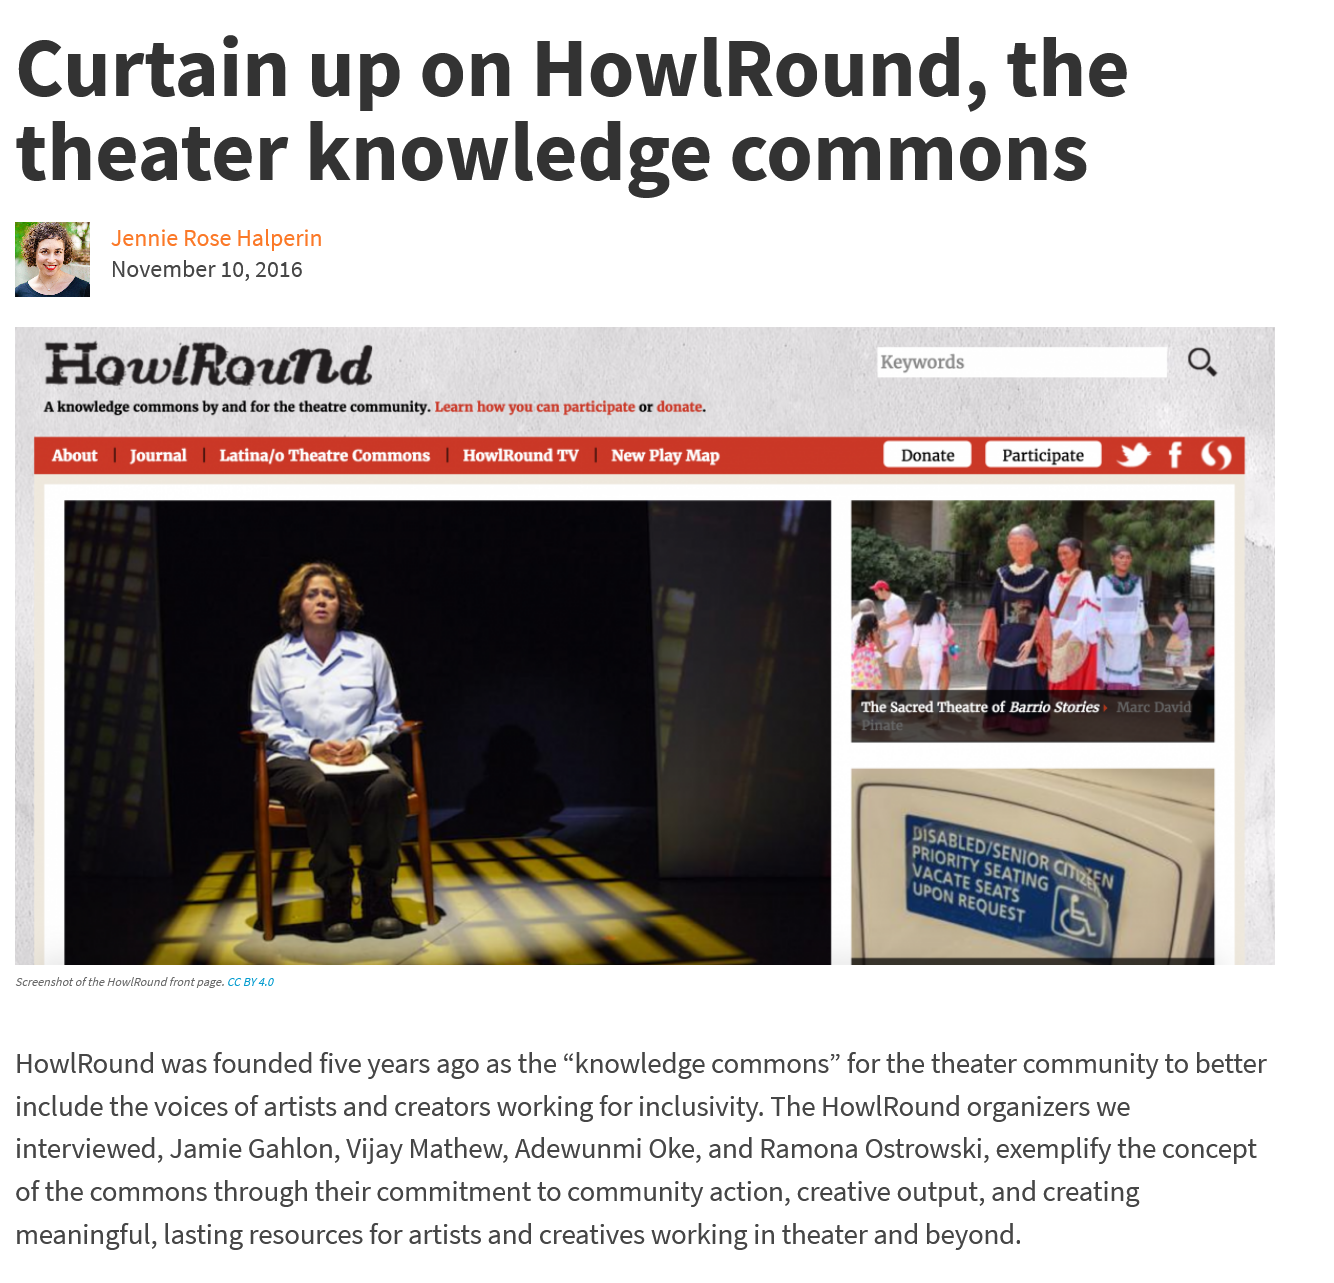
Curtain    up    on    HowlRound,    the
  theater    knowledge    commons
  HowlRound was founded five years ago as the “knowledge commons” for the theater community to better
  include the voices of artists and creators working for inclusivity. The HowlRound organizers we
  interviewed, Jamie Gahlon, Vijay Mathew, Adewunmi Oke, and Ramona Ostrowski, exemplify the concept
  of the commons through their commitment to community action, creative output, and creating
  meaningful, lasting resources for artists and creatives working in theater and beyond.
    HowlRouttd
    A knowledge commons by and for the theatre community. Learn how you can participate or donate.
     Jennie Rose Halperin
     ‘Keywords
     November 10, 2016
     parle Latina/o Theatre Commons HowlRound TV "J New Play May Donate Participate
     Derr Bur Se ec Ros oe Gir Bur See ee ose
  ‘Screenshot of the HowlRound front page. CC BY 4.0